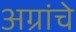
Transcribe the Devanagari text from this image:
अग्रांचे